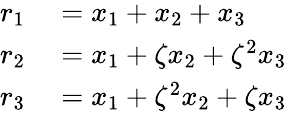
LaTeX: \begin{array}{rl}{r_{1}}&{{}=x_{1}+x_{2}+x_{3}}\\ {r_{2}}&{{}=x_{1}+\zeta x_{2}+\zeta^{2}x_{3}}\\ {r_{3}}&{{}=x_{1}+\zeta^{2}x_{2}+\zeta x_{3}}\end{array}